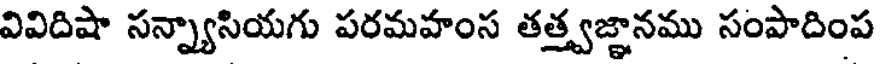
వివిదిషా సన్న్యాసియగు పరమహంస తత్త్వజ్ఞానము సంపాదింప